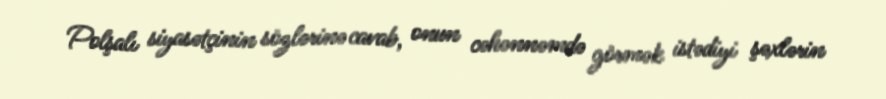
Polşalı siyasətçinin sözlərinə cavab, onun cəhənnəmdə görmək istədiyi şəxlərin